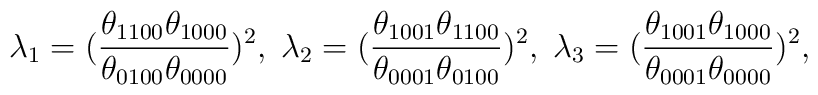
\lambda_1 =(\frac{\theta_{1100}\theta_{1000}}{\theta_{0100}\theta_{0000}})^2,\;\lambda_2=(\frac{\theta_{1001}\theta_{1100}}{\theta_{0001}\theta_{0100}})^2,\;\lambda_3=(\frac{\theta_{1001}\theta_{1000}}{\theta_{0001}\theta_{0000}})^2,